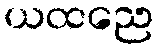
ယထညေ